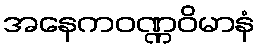
အနေကဝဏ္ဏဝိမာနံ